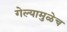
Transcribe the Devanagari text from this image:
गेल्यामुळेच